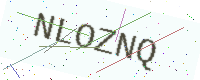
Text: NLOZNQ